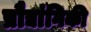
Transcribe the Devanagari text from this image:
प्रौद्यांगिकी